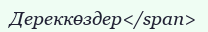
Дереккөздер</span>